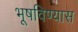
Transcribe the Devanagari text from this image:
भूषविण्यास